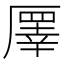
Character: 𠪯